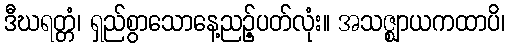
ဒီဃရတ္တံ၊ ရှည်စွာသောနေ့ညဉ့်ပတ်လုံး။ အသဇ္ဈာယကထာပိ၊